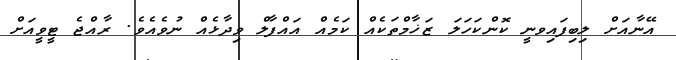
އޭނާއަށް ލިބިފައިވނީ ކޮންކަހަލަ ޒަޚާމްތަކެއް ކަމެއް އައްފާލް ވިދާޅެއް ނުވެއެވެ. ރާއްޖެ ޓީވީއަށް